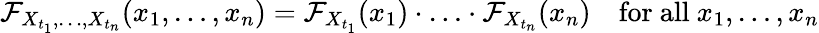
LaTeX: \mathcal{F}_{X_{t_{1}},\ldots,X_{t_{n}}}(x_{1},\ldots,x_{n})=\mathcal{F}_{X_{t_{1}}}(x_{1})\cdot\ldots\cdot\mathcal{F}_{X_{t_{n}}}(x_{n})\quad{\mathrm{{for~all~}}}x_{1},\ldots,x_{n}